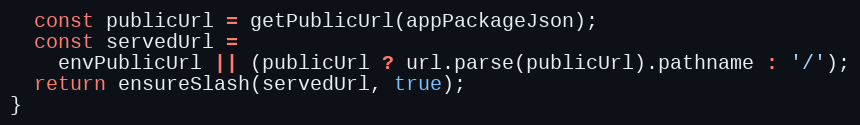
Language: JavaScript
  const publicUrl = getPublicUrl(appPackageJson);
  const servedUrl =
    envPublicUrl || (publicUrl ? url.parse(publicUrl).pathname : '/');
  return ensureSlash(servedUrl, true);
}